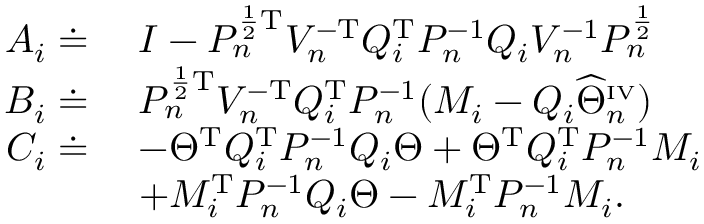
\begin{array} { r l } { A _ { i } \doteq \; } & { I - P _ { n } ^ { \frac { 1 } { 2 } \mathrm { T } } V _ { n } ^ { - \mathrm { T } } Q _ { i } ^ { \mathrm { T } } P _ { n } ^ { - 1 } Q _ { i } V _ { n } ^ { - 1 } P _ { n } ^ { \frac { 1 } { 2 } } } \\ { B _ { i } \doteq \; } & { P _ { n } ^ { \frac { 1 } { 2 } \mathrm { T } } V _ { n } ^ { - \mathrm { T } } Q _ { i } ^ { \mathrm { T } } P _ { n } ^ { - 1 } ( M _ { i } - Q _ { i } \widehat { \Theta } _ { n } ^ { \scriptscriptstyle \mathrm { I V } } ) } \\ { C _ { i } \doteq \; } & { - \Theta ^ { \mathrm { T } } Q _ { i } ^ { \mathrm { T } } P _ { n } ^ { - 1 } Q _ { i } \Theta + \Theta ^ { \mathrm { T } } Q _ { i } ^ { \mathrm { T } } P _ { n } ^ { - 1 } M _ { i } } \\ & { + M _ { i } ^ { \mathrm { T } } P _ { n } ^ { - 1 } Q _ { i } \Theta - M _ { i } ^ { \mathrm { T } } P _ { n } ^ { - 1 } M _ { i } . } \end{array}